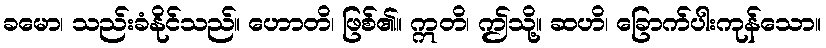
ခမော၊ သည်းခံနိုင်သည်။ ဟောတိ၊ ဖြစ်၏။ ဣတိ၊ ဤသို့။ ဆဟိ၊ ခြောက်ပါးကုန်သော။